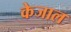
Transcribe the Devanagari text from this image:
केजाल